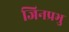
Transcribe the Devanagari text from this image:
जिनप्रभु